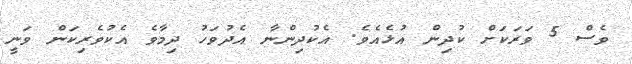
ވެސް 5 ވަރަކަށް ކުދިން އުޅެއެވެ. އެކުދިންނާ އެދުވަހު ދިމާވެ އެކުވެރިކަން ވަނީ